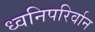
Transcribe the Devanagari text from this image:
ध्वनिपरिर्वान